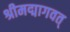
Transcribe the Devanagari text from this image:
श्रीमद्मागवत्